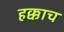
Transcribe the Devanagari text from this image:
हक्काच